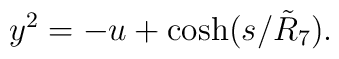
y^{2}=-u+\cosh (s/\tilde{R}_{7}).